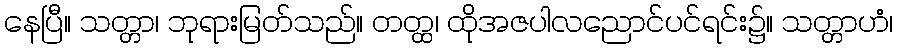
နေပြီ။ သတ္တာ၊ ဘုရားမြတ်သည်။ တတ္ထ၊ ထိုအဇပါလညောင်ပင်ရင်း၌။ သတ္တာဟံ၊